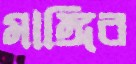
মাঙ্গিব